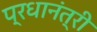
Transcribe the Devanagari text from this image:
प्रधानंत्री